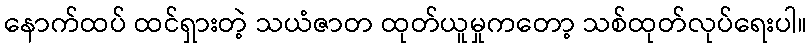
နောက်ထပ် ထင်ရှားတဲ့ သယံဇာတ ထုတ်ယူမှုကတော့ သစ်ထုတ်လုပ်ရေးပါ။